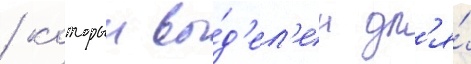
/ которыи вы́д'ел'ен дл'я́